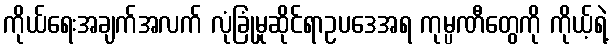
ကိုယ်ရေးအချက်အလက် လုံခြုံမှုဆိုင်ရာဥပဒေအရ ကုမ္ပဏီတွေကို ကိုယ့်ရဲ့